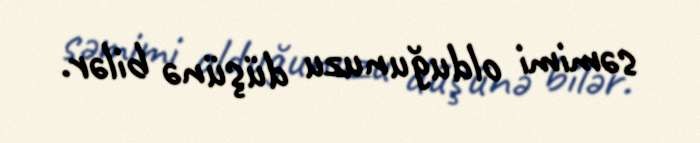
səmimi olduğunuzu düşünə bilər.